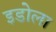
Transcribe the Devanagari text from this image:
इडोला